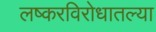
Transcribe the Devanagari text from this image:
लष्करविरोधातल्या